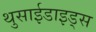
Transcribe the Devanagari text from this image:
थुसाईडाइड्स